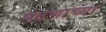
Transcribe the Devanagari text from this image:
पठणाच्या